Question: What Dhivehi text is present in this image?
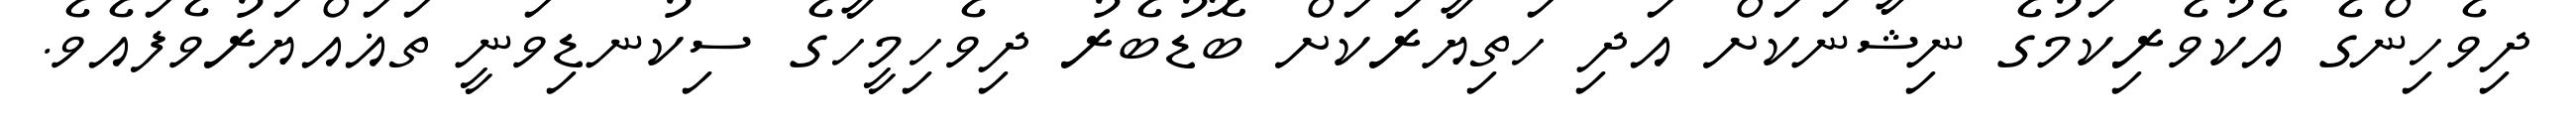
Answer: ދިވެހިންގެ އެކުވެރިކަމުގެ ނިޝާނަކަށް އަދި ހަތިޔާރަކަށް ބޮޑުބެރު ދިވެހިމީހާގެ ސިކުނޑިވަނީ ތަޣައްޔަރުވެފައެވެ.